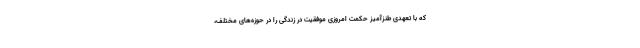
که با تعهدی طنزآمیز حکمت امروزیِ موفقیت در زندگی را در حوزه‌های مختلف،